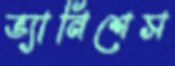
ভ্যানিশেস